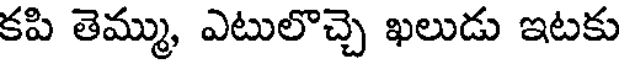
కపి తెమ్ము, ఎటులొచ్చె ఖలుడు ఇటకు